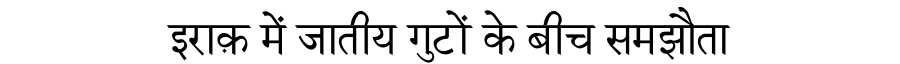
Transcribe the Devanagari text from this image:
इराक़ में जातीय गुटों के बीच समझौता